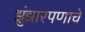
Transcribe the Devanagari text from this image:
झुंझारपणाचे